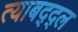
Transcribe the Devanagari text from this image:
त्याबद्द्ल